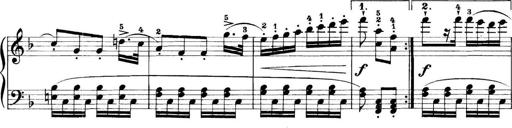
Title: 11 Sonatinas
Composer: Anton Diabelli